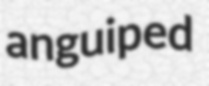
anguiped